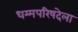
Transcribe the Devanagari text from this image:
धम्मपरिषदेला